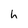
Character: h